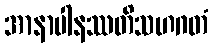
အာနာပါနဿတိသဟဂတံ